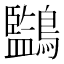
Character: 𪇖